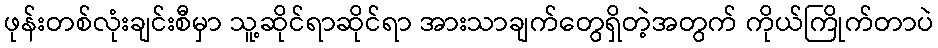
ဖုန်းတစ်လုံးချင်းစီမှာ သူ့ဆိုင်ရာဆိုင်ရာ အားသာချက်တွေရှိတဲ့အတွက် ကိုယ်ကြိုက်တာပဲ